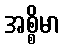
အစ္စိမာ